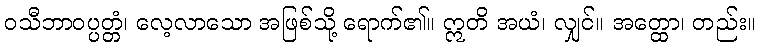
ဝသီဘာဝပ္ပတ္တံ၊ လေ့လာသော အဖြစ်သို့ ရောက်၏။ ဣတိ အယံ၊ လျှင်။ အတ္ထော၊ တည်း။